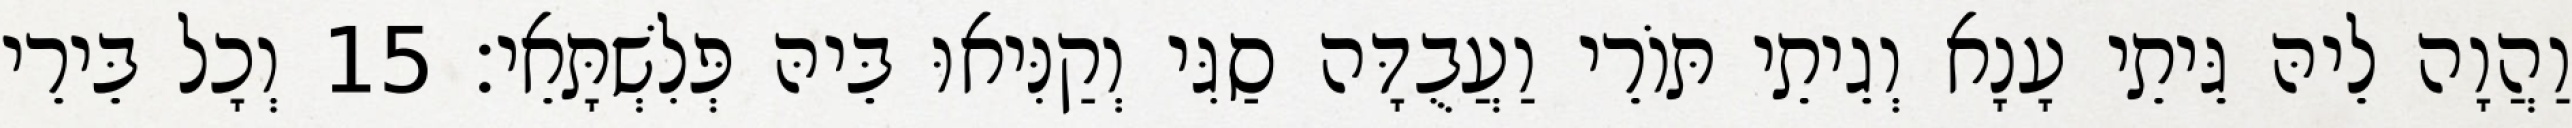
וַהֲוָה לֵיהּ גֵּיתֵי עָנָא וְגֵיתֵי תּוֹרֵי וַעֲבֻדָּה סַגִּי וְקַנִּיאוּ בֵּיהּ פְּלִשְׁתָּאֵי׃ 15 וְכָל בֵּירֵי